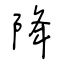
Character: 降